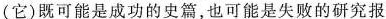
(它)既可能是成功的史篇，也可能是失败的研究报